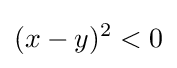
(x-y)^{2}<0